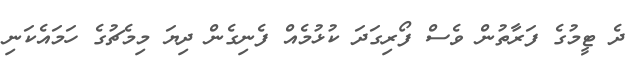
ދެ ޓީމުގެ ފަރާތުން ވެސް ފޯރިގަދަ ކުޅުމެއް ފެނިގެން ދިޔަ މިމެޗުގެ ހަމައެކަނި